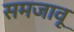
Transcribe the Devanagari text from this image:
समजावू